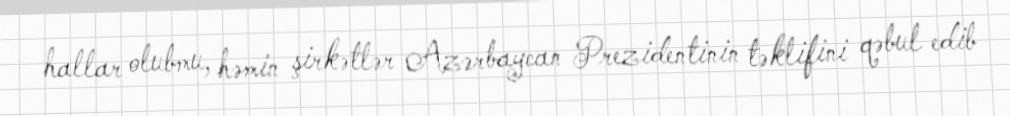
hallar olubmu, həmin şirkətlər Azərbaycan Prezidentinin təklifini qəbul edib